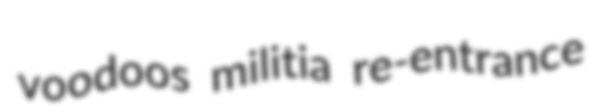
voodoos militia re-entrance